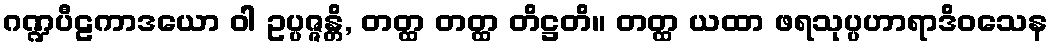
ဂဏ္ဍပီဠကာဒယော ဝါ ဥပ္ပဇ္ဇန္တိ, တတ္ထ တတ္ထ တိဋ္ဌတိ။ တတ္ထ ယထာ ဖရသုပ္ပဟာရာဒိဝသေန